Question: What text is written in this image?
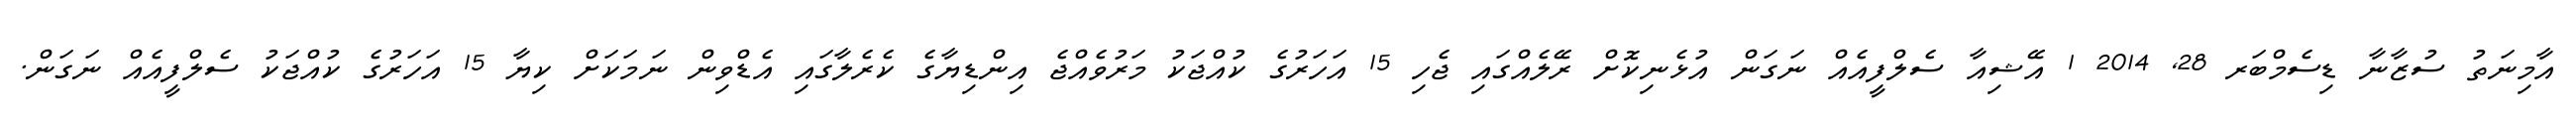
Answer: އާމިނަތު ސުޒާނާ ޑިސެމްބަރ 28, 2014 1 އޭޝިއާ ސެލްފީއެއް ނަގަން އުޅެނިކޮށް ރޭލެއްގައި ޖެހި 15 އަހަރުގެ ކުއްޖަކު މަރުވެއްޖެ އިންޑިޔާގެ ކެރެލާގައި އެޑްވިން ނަމަކަށް ކިޔާ 15 އަހަރުގެ ކުއްޖަކު ސެލްފީއެއް ނަގަން.